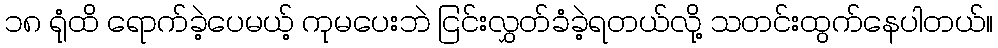
၁၈ ရုံထိ ရောက်ခဲ့ပေမယ့် ကုမပေးဘဲ ငြင်းလွှတ်ခံခဲ့ရတယ်လို့ သတင်းထွက်နေပါတယ်။